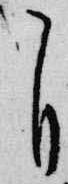
自